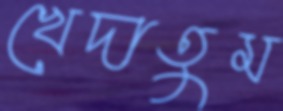
খেদাতুম